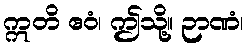
ဣတိ ဧဝံ၊ ဤသို့။ ဉာဏံ၊